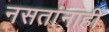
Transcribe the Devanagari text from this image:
नसतांनाहीं